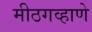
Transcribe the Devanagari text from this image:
मीठगव्हाणे